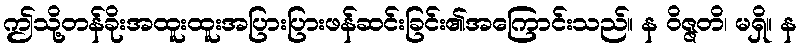
ဤသို့တန်ခိုးအထူးထူးအပြားပြားဖန်ဆင်းခြင်း၏အကြောင်းသည်။ န ဝိဇ္ဇတိ၊ မရှိ။ န